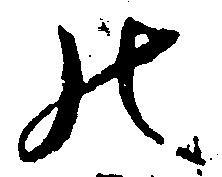
の